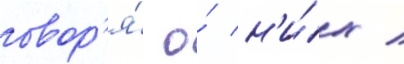
говор'я́ о́ н'и́х /